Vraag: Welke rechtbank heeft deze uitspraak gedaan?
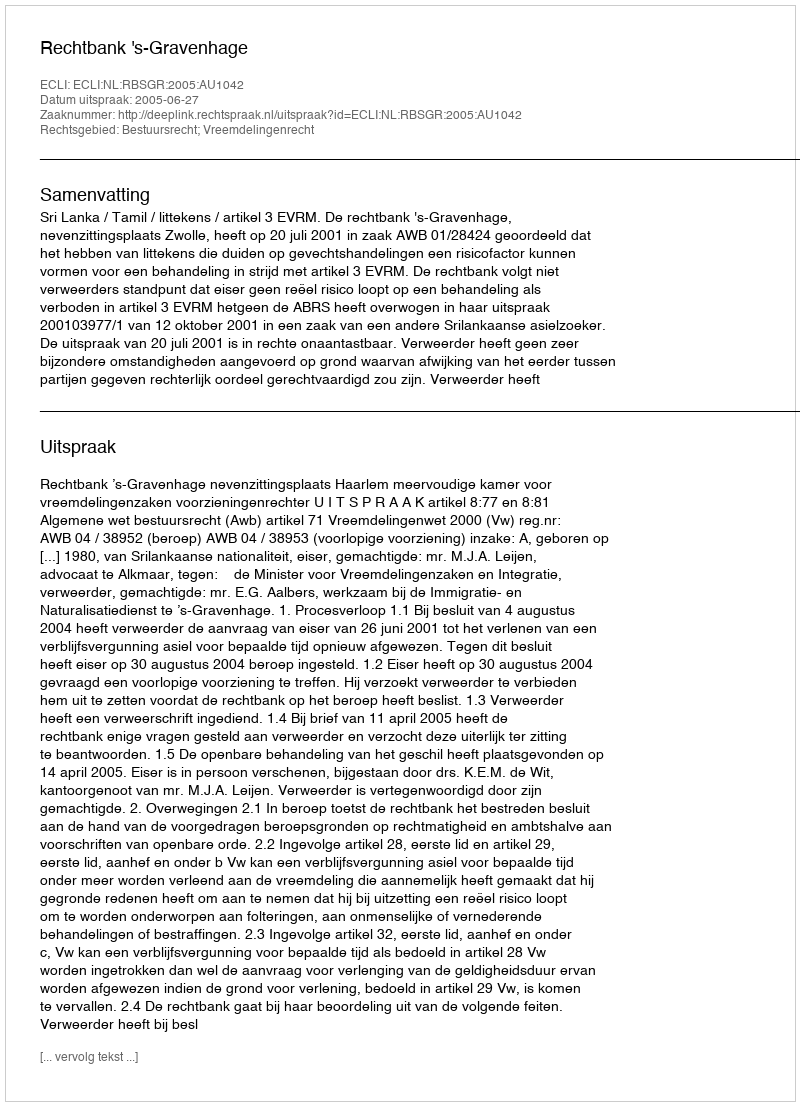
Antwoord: Rechtbank 's-Gravenhage